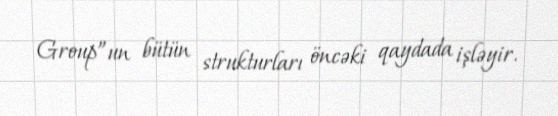
Group”un bütün strukturları öncəki qaydada işləyir.